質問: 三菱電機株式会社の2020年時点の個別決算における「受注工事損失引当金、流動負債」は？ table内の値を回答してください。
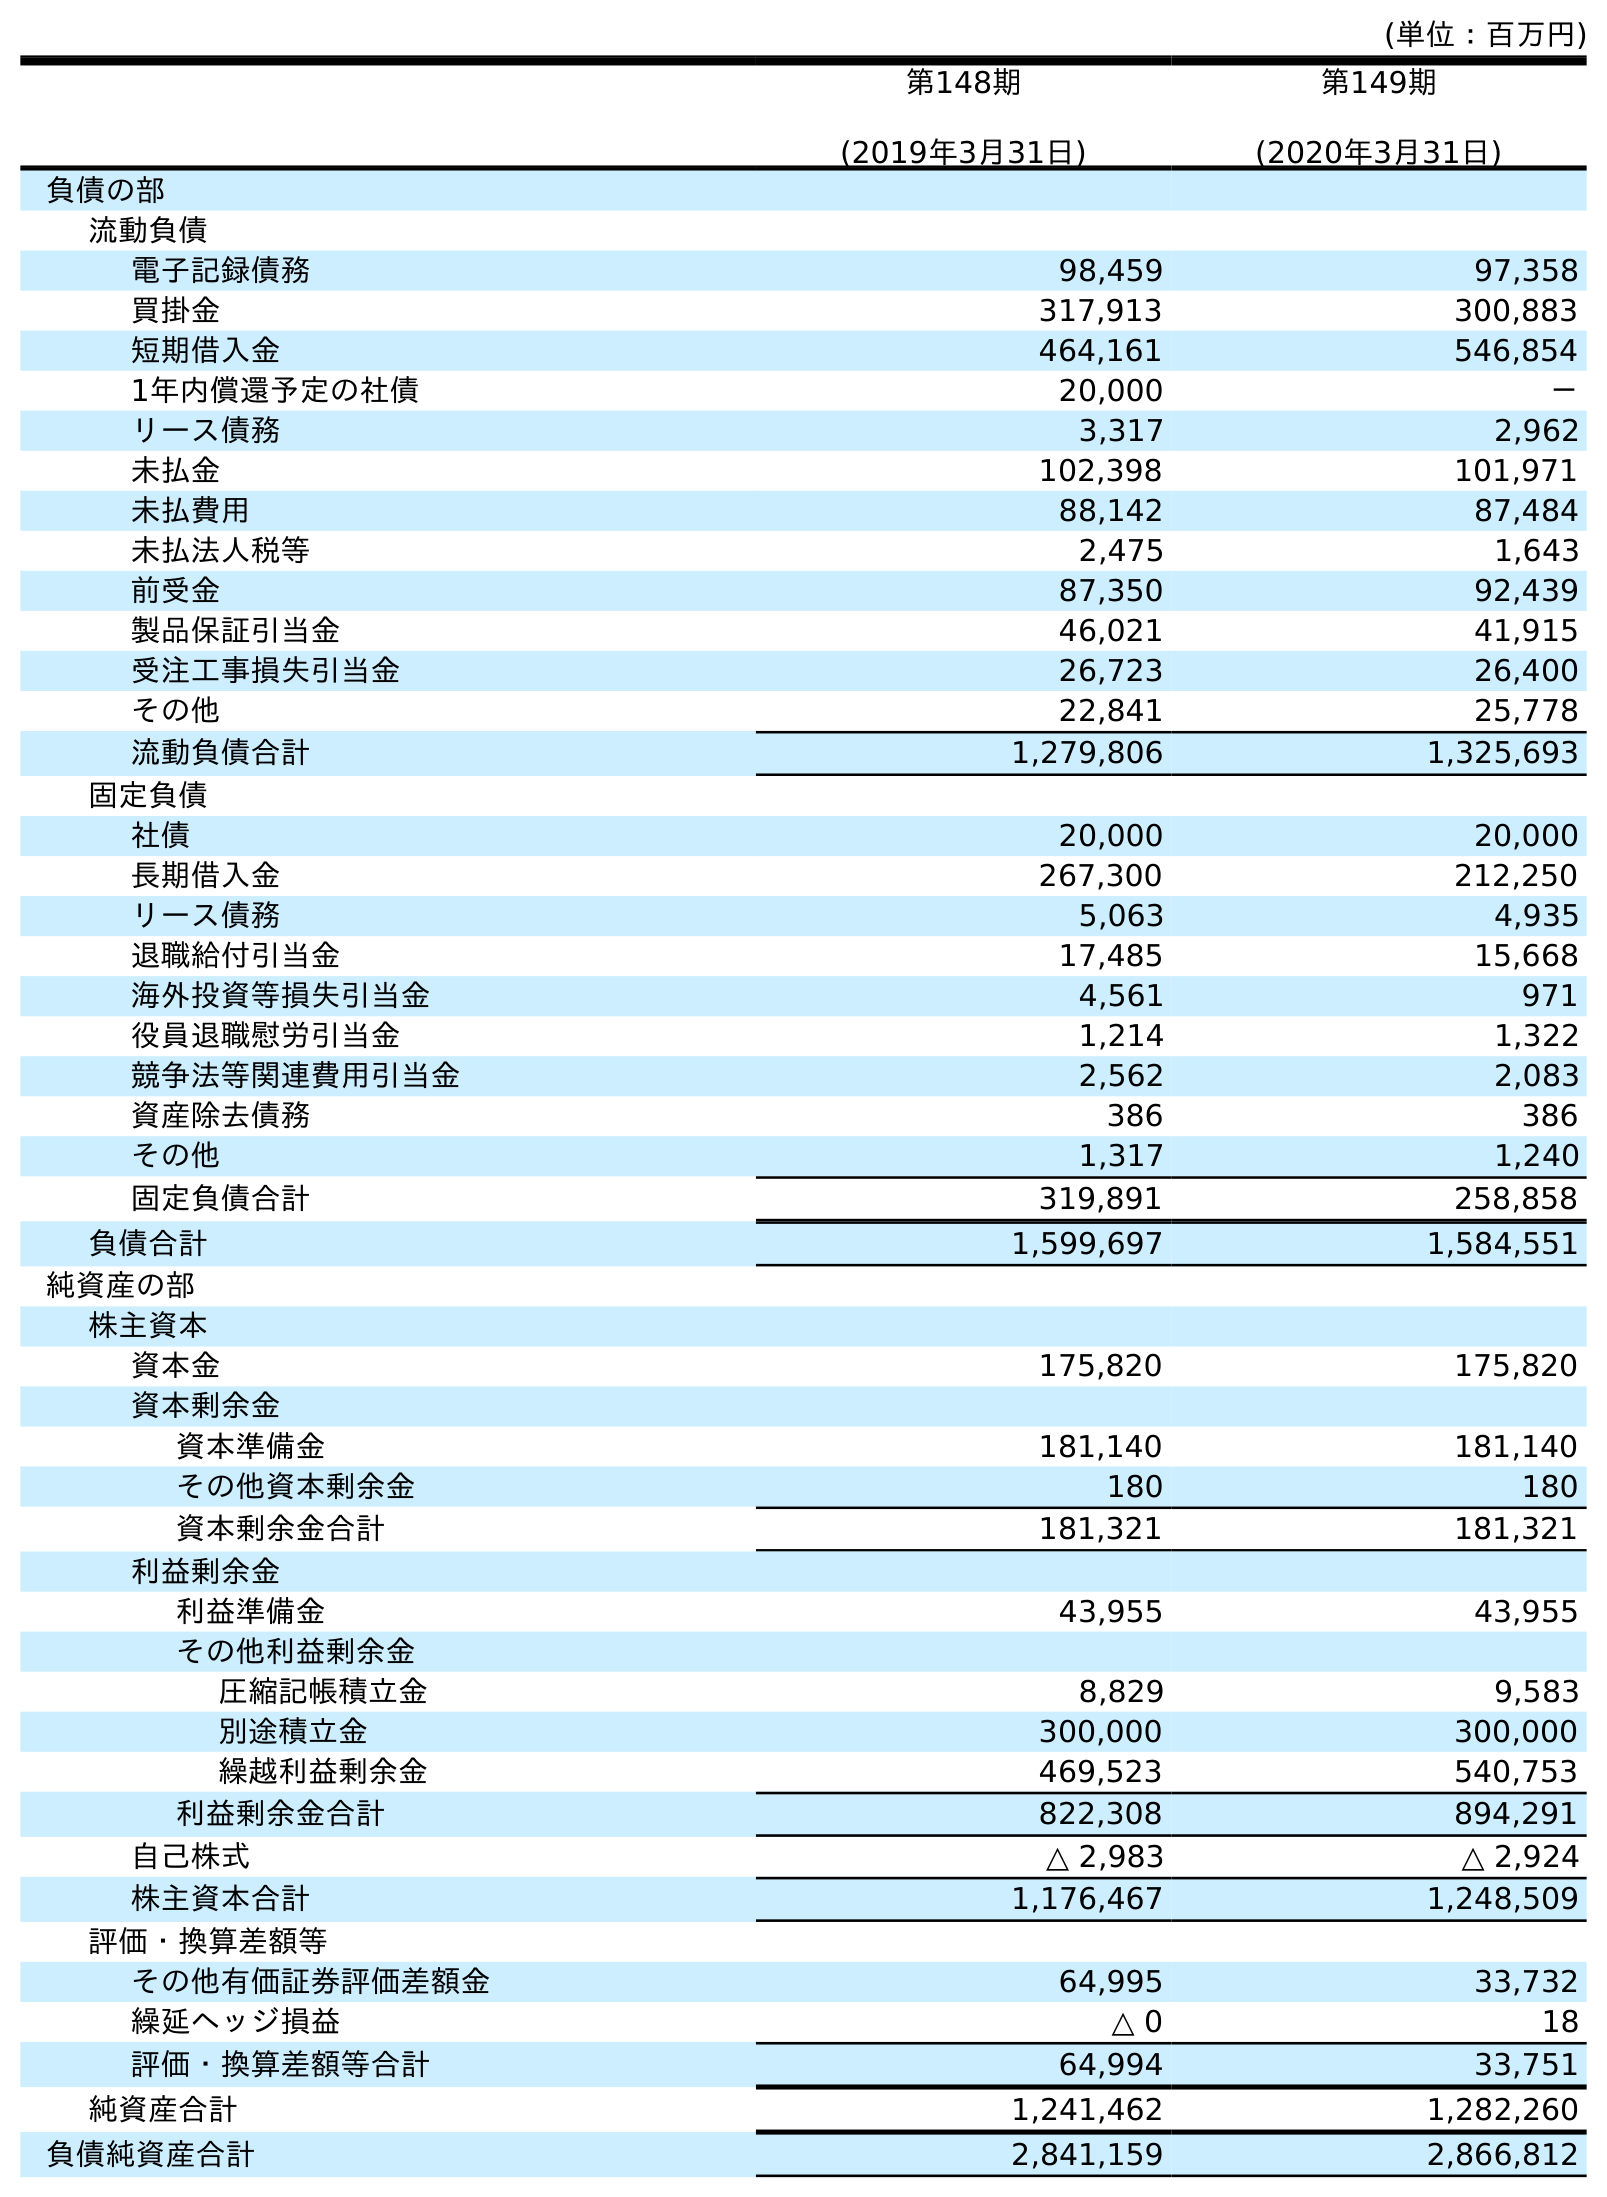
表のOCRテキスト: (単位：百万円) 第148期 (2019年3月31日) 第149期 (2020年3月31日) 負債の部 流動負債 電子記録債務 98,459 97,358 買掛金 317,913 300,883 短期借入金 464,161 546,854 1年内償還予定の社債 20,000 － リース債務 3,317 2,962 未払金 102,398 101,971 未払費用 88,142 87,484 未払法人税等 2,475 1,643 前受金 87,350 92,439 製品保証引当金 46,021 41,915 受注工事損失引当金 26,723 26,400 その他 22,841 25,778 流動負債合計 1,279,806 1,325,693 固定負債 社債 20,000 20,000 長期借入金 267,300 212,250 リース債務 5,063 4,935 退職給付引当金 17,485 15,668 海外投資等損失引当金 4,561 971 役員退職慰労引当金 1,214 1,322 競争法等関連費用引当金 2,562 2,083 資産除去債務 386 386 その他 1,317 1,240 固定負債合計 319,891 258,858 負債合計 1,599,697 1,584,551 純資産の部 株主資本 資本金 175,820 175,820 資本剰余金 資本準備金 181,140 181,140 その他資本剰余金 180 180 資本剰余金合計 181,321 181,321 利益剰余金 利益準備金 43,955 43,955 その他利益剰余金 圧縮記帳積立金 8,829 9,583 別途積立金 300,000 300,000 繰越利益剰余金 469,523 540,753 利益剰余金合計 822,308 894,291 自己株式 △ 2,983 △ 2,924 株主資本合計 1,176,467 1,248,509 評価・換算差額等 その他有価証券評価差額金 64,995 33,732 繰延ヘッジ損益 △ 0 18 評価・換算差額等合計 64,994 33,751 純資産合計 1,241,462 1,282,260 負債純資産合計 2,841,159 2,866,812
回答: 26,400